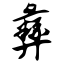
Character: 彝